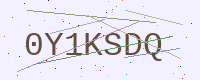
Text: 0Y1KSDQ